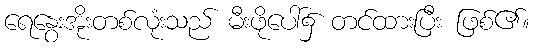
ရေနွေးအိုးတစ်လုံးသည် မီးဖိုပေါ်၌ တင်ထားပြီး ဖြစ်၏။